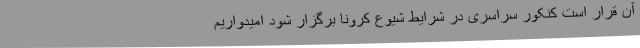
آن قرار است کنکور سراسری در شرایط شیوع کرونا برگزار شود امیدواریم